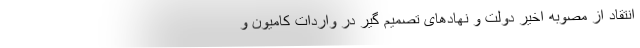
انتقاد از مصوبه اخیر دولت و نهادهای تصمیم گیر در واردات کامیون و